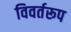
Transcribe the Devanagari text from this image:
विवर्तरूप